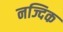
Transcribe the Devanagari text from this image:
नज्दिक